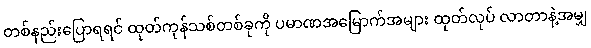
တစ်နည်းပြောရရင် ထုတ်ကုန်သစ်တစ်ခုကို ပမာဏအမြောက်အများ ထုတ်လုပ် လာတာနဲ့အမျှ